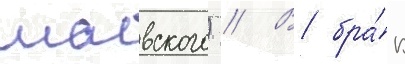
маевского) // В бра́к